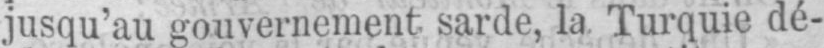
jusqu’au gouvernement sarde, la Turquie dé-